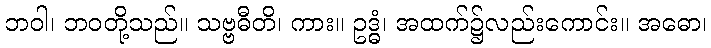
ဘဝါ၊ ဘဝတို့သည်။ သဗ္ဗဓီတိ၊ ကား။ ဥဒ္ဓံ၊ အထက်၌လည်းကောင်း။ အဓော၊